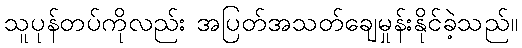
သူပုန်တပ်ကိုလည်း အပြတ်အသတ်ချေမှုန်းနိုင်ခဲ့သည်။